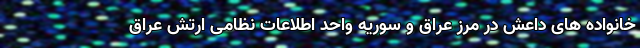
خانواده های داعش در مرز عراق و سوریه واحد اطلاعات نظامی ارتش عراق